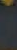
"